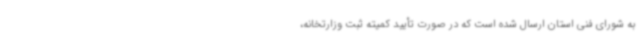
به شورای فنی استان ارسال شده است که در صورت تأیید کمیته ثبت وزارتخانه،